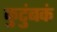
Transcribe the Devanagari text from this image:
कुटुंबकं